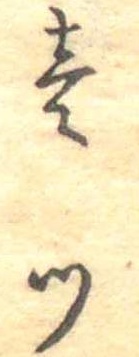
壱つ